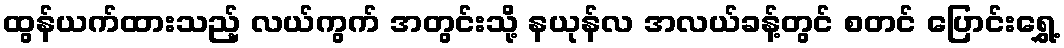
ထွန်ယက်ထားသည့် လယ်ကွက် အတွင်းသို့ နယုန်လ အလယ်ခန့်တွင် စတင် ပြောင်းရွှေ့